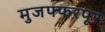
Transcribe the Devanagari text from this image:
मुजफ्फरपूर